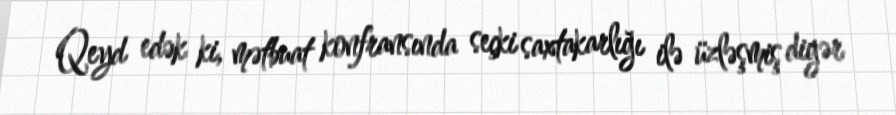
Qeyd edək ki, mətbuat konfransında seçki saxtakarlığı ilə üzləşmiş digər